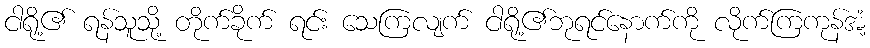
ငါရို့၏ ရန်သူသို့ တိုက်ခိုက် ရင်း သေကြလျက် ငါရို့၏ဘုရင်နောက်ကို လိုက်ကြကုန်အံ့